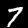
Label: 7